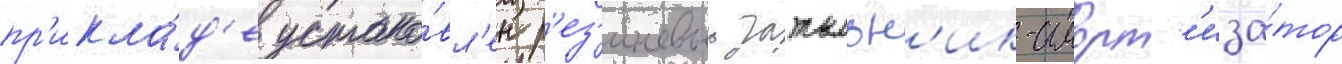
пр'икла́д'е устано́вл'ен р'ез'иновыи затыльн'ик-аморт'иза́тор